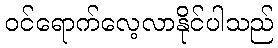
ဝင်ရောက်လေ့လာနိုင်ပါသည်